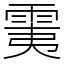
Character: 䨑